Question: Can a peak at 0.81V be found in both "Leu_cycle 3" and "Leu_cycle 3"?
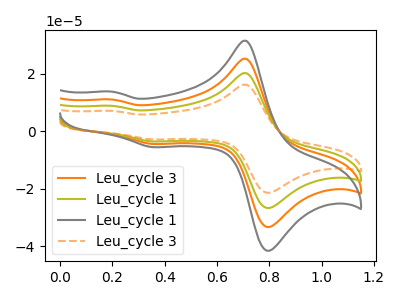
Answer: <think>The orange curve "Leu_cycle 3" has anodic peaks at (0.70V, 40.30uA) (0.20V, 17.65uA) and cathodic peaks at (0.80V, -52.75uA) (0.35V, -7.10uA). The olive curve "Leu_cycle 1" has anodic peaks at (0.70V, 20.15uA) (0.20V, 8.85uA) and cathodic peaks at (0.80V, -26.40uA) (0.35V, -3.55uA). The gray curve "Leu_cycle 1" has anodic peaks at (0.70V, 60.45uA) (0.20V, 26.50uA) and cathodic peaks at (0.80V, -79.15uA) (0.35V, -10.65uA). The orange dashed curve "Leu_cycle 3" has anodic peaks at (0.70V, 16.15uA) (0.20V, 7.10uA) and cathodic peaks at (0.80V, -21.15uA) (0.35V, -2.85uA).</think>
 <answer>Yes, "Leu_cycle 3" and "Leu_cycle 3" share a peak at 0.81V.</answer>
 <eval>match</eval>